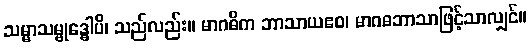
သမ္မာသမ္ဗုဒ္ဓေါပိ၊ သည်လည်း။ မာဂဓိက ဘာသာယဧဝ၊ မာဂဓဘာသာဖြင့်သာလျှင်။